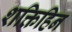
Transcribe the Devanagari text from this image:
शक्तिहिन